Tezpur Lunatic Asylum reports 1895-1904 - 1895-1904
Year: 1895
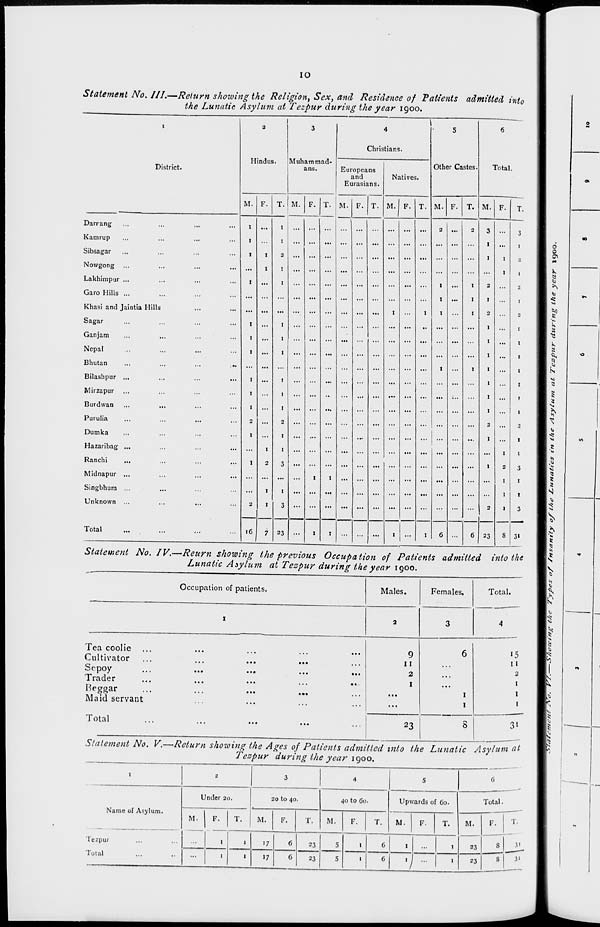
IO
Statement No. III.—Return showing the Religion^ Sex, and Residence of Patients admitted into
the Lunatic Asylum at Tezpur during the year 1900.
District.
Darrang
Kamrup
Sibsagar
Nowgong ...
Lakhimpur ...
Garo Hills ...
Khasi and Jaintia Hills
Sagar
Ganjam
Nepal
Bhutan
Bilashpur ...
Mirzapur
Burdwan
Purulia
Dumka
Hazaribag ...
Ranchi
Midnapur ...
Singbhum ...
Unknown ...
Total
Hindus.
Muhammad-
ans.
M. F. T.
1
...
1
I
...
I
I
I
2
"
I
I
I
I
M.
16
1
1
1
1
1
1
2
1
1
3
1
3
I
Christians.
Europeans
and
Eurasians.
M. F. T.
Natives.
Other Castes
M.
T. M
23
F. T.
Total.
M. F.
T.
3
1
1
2
I
2
I
I
I
I
I
I
23
31
Statement No. IV.—Reurn showing the previous Occupation of Patients admitted into the
Lunatic Asylum at Tespur during the year igoo.
Occupation of patients.
Males.
Females.
Total.
Tea coolie
Cultivator
Sepoy
Trader
Beggar
Maid servant
Total
•*•
9
11
2
23
15
II
2
I
I
I
31
Statement No. V.—Return showing the Ages of Patients admitted into the Lunatic Asylum at
Tespur during the year igoo.
I
2
3
4
5
G
Under 20.
20 to 40.
40 to 60.
Upwards of 60.
Total.
Name of Asylum.
M.
F.
T.
M.
F.
T.
M.
F.
T.
M.
F.
T.
M.
F.
lezpur
...
1
1
>7
6
23
5
I
6
I
1
23
8 |
Total
...
1
1
17
6
23
5
I
6
•1
1
23
S 1 3'